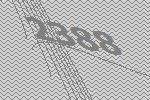
2388